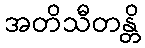
အတိသီတန္တိ